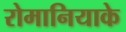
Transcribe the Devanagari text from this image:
रोमानियाके